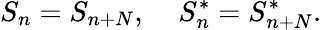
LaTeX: S_{n}=S_{n+N},\; \; \; \; S_{n}^{*}=S_{n+N}^{*}.